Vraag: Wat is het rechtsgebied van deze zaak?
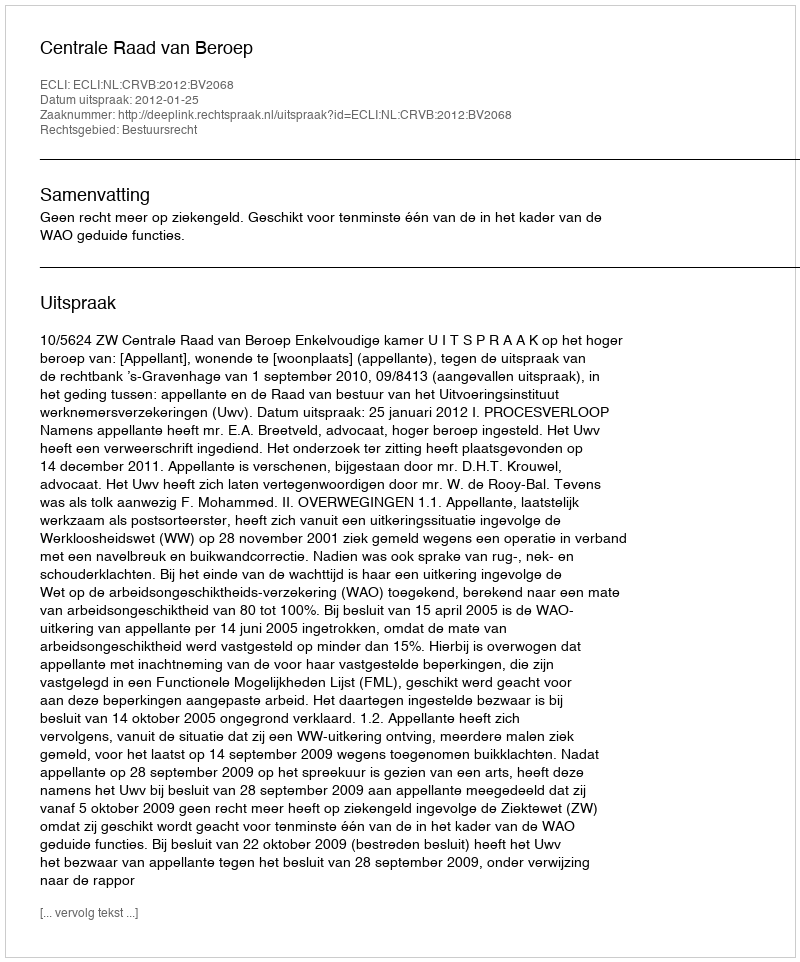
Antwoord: Bestuursrecht